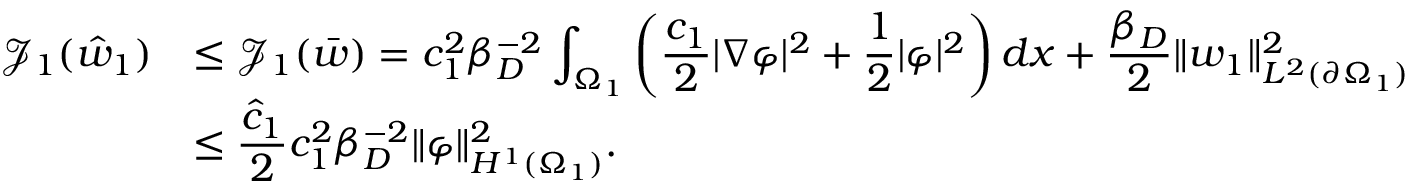
\begin{array} { r l } { \mathcal { J } _ { 1 } ( \hat { w } _ { 1 } ) } & { \displaystyle \leq \mathcal { J } _ { 1 } ( \bar { w } ) = c _ { 1 } ^ { 2 } \beta _ { D } ^ { - 2 } \int _ { \Omega _ { 1 } } \left( \frac { c _ { 1 } } { 2 } | \nabla \varphi | ^ { 2 } + \frac 1 2 | \varphi | ^ { 2 } \right) d x + \frac { \beta _ { D } } { 2 } \lVert w _ { 1 } \rVert _ { L ^ { 2 } ( \partial \Omega _ { 1 } ) } ^ { 2 } } \\ & { \displaystyle \leq \frac { \hat { c } _ { 1 } } { 2 } c _ { 1 } ^ { 2 } \beta _ { D } ^ { - 2 } \lVert \varphi \rVert _ { H ^ { 1 } ( \Omega _ { 1 } ) } ^ { 2 } . } \end{array}